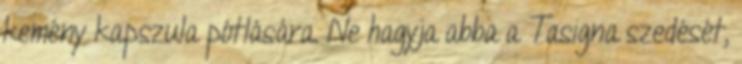
kemény kapszula pótlására. Ne hagyja abba a Tasigna szedését,